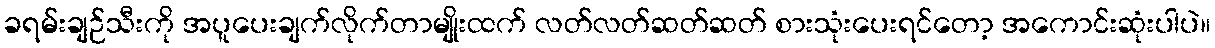
ခရမ်းချဉ်သီးကို အပူပေးချက်လိုက်တာမျိုးထက် လတ်လတ်ဆတ်ဆတ် စားသုံးပေးရင်တော့ အကောင်းဆုံးပါပဲ။